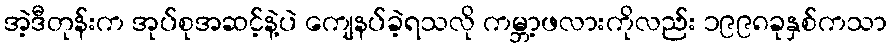
အဲ့ဒီတုန်းက အုပ်စုအဆင့်နဲ့ပဲ ကျေနပ်ခဲ့ရသလို ကမ္ဘာ့ဖလားကိုလည်း ၁၉၉၈ခုနှစ်ကသာ